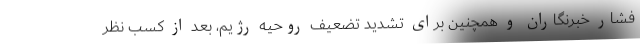
فشار خبرنگاران و همچنین برای تشدید تضعیف روحیه رژیم، بعد از کسب نظر